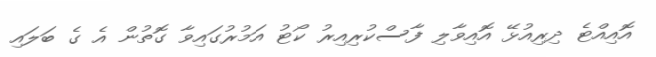
އޮއިއްޓެ ދިރިއުޅޭ އޮއިވާލި ފާސްކުރިއިރު ކޯޓު އަމުރުގައިވާ ގޮތުން އެ ގެ ބަލައި